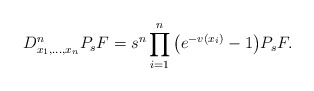
\begin{align*}D^n_{x_1,\ldots,x_n}P_sF=s^n\prod^n_{i=1}\big(e^{-v(x_i)}-1\big)P_sF.\end{align*}